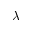
\lambda